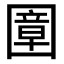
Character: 𡈠